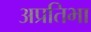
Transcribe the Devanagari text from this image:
अप्रतिभा